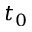
t _ { 0 }